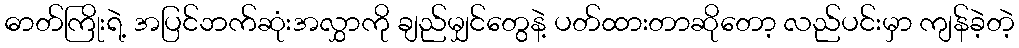
ဓာတ်ကြိုးရဲ့ အပြင်ဘက်ဆုံးအလွှာကို ချည်မျှင်တွေနဲ့ ပတ်ထားတာဆိုတော့ လည်ပင်းမှာ ကျန်ခဲ့တဲ့